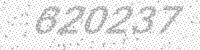
Solution: 620237